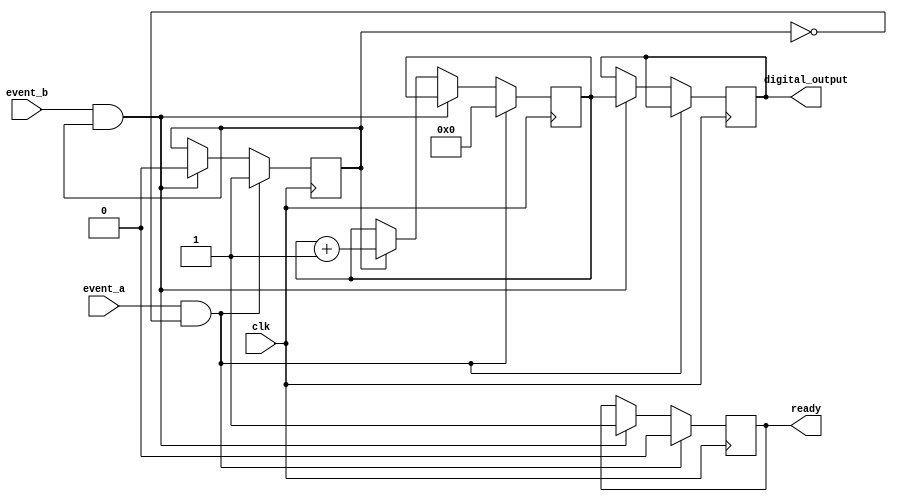
module TDC (
    input wire clk,             // High-resolution clock
    input wire event_a,        // Event A input (start)
    input wire event_b,        // Event B input (stop)
    output reg [15:0] digital_output, // Digital output representing time interval
    output reg ready           // Indicates when the measurement is ready
);

    reg [15:0] counter;        // Counter to measure time interval
    reg measuring;             // State to indicate if measuring is in progress

    // State machine for control logic
    always @(posedge clk) begin
        if (event_a && !measuring) begin
            // Start measuring on rising edge of Event A
            counter <= 0;          // Reset counter
            measuring <= 1;        // Set measuring flag
            ready <= 0;            // Reset ready flag
        end
        else if (event_b && measuring) begin
            // Stop measuring on rising edge of Event B
            measuring <= 0;        // Clear measuring flag
            digital_output <= counter; // Output the measured time interval
            ready <= 1;            // Set ready flag
        end
        else if (measuring) begin
            // Increment counter while measuring
            counter <= counter + 1; // Increment the counter
        end
    end

endmodule